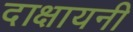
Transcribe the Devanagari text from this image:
दाक्षायनी